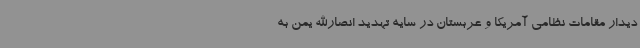
دیدار مقامات نظامی آمریکا و عربستان در سایه تهدید انصارالله یمن به